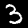
Label: 3